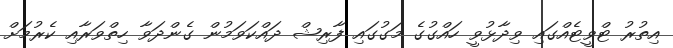
އިތުރު ޓްވީޓެއްގައި ވިދާޅުވީ ހައްގުގެ މަގުގައި ފާރިޝް ދައްކަވަމުން ގެންދަވާ ހިތްވަރާއި ކެރުމަށް